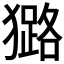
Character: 𤢊